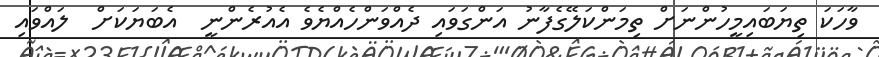
ވާހަކަ ތިޔަބައިމީހުންނަށް ތިމަންކަލޭގެފާނު އަންގަވައި ދެއްވަންހެއްޔެވެ އެއުރެންނީ  އެބަޔަކަށް  ލައްވައި